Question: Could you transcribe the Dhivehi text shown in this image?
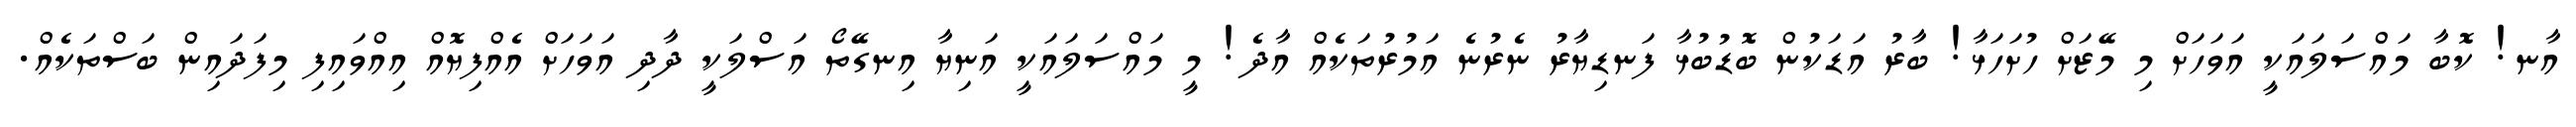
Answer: އާނ! ކޮބާ މައްސަލައަކީ އަވަހަށް މި މޭޒަށް ހުށަހަޅާ! ބާރު އަޑަކުން ބޮޑުބުޅާ ފަނޑިޔާރު ނެރުނެ އަމުރުތަކެއް އާދެ! މީ މައްސަލައަކީ އަނިޔާ އިނގޭތޯ އަސްލަކީ ދާދި އަވަހަށް އެއްފިޔޮއް އިއްވައިފި މިފަދައިން ބަސްތަކެއް.